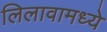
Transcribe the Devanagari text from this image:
लिलावामध्ये